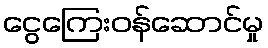
ငွေကြေးဝန်ဆောင်မှု